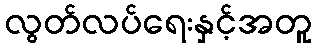
လွတ်လပ်ရေးနှင့်အတူ